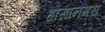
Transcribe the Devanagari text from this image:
होसानगरा